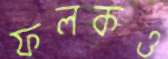
ফলকও